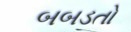
બબડતો